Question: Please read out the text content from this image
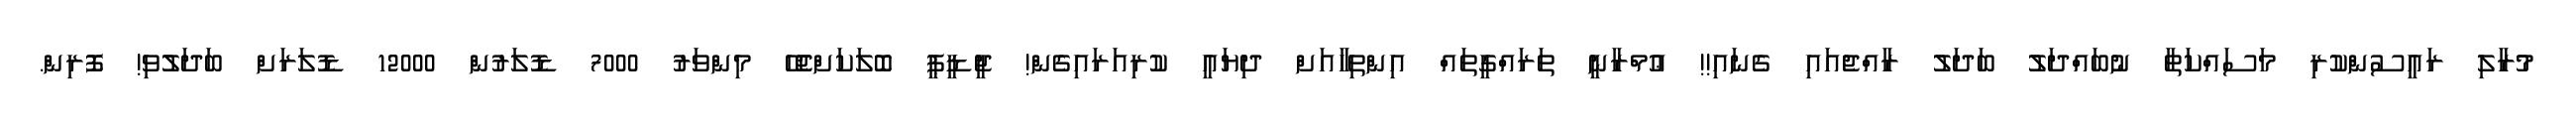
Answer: މުރާލި ރައީސުންކުރި މަސައްކަތާ ނުބައްދަލު ބަދަލު ރާއްޖެއައި ގެނައި!! ޢުމްރާނީ ތަރައްގީތައް އިންތިހާއަށް ދިޔައީ ކުރިއަރައިގެން! ޖީޑީޕީ ބޮލަކަށްޖެހޭ މިންވަރު 7000 ޑޮލަރުން 12000 ޑޮލަރަށް ބަދަލުވި! ފޮރިން.